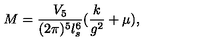
M = { \frac { V _ { 5 } } { ( 2 \pi ) ^ { 5 } l _ { s } ^ { 6 } } } ( { \frac { k } { g ^ { 2 } } } + \mu ) ,